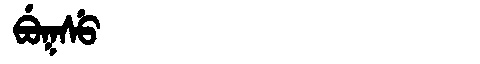
Manchu: ᠪᡠᡴᠰᡠ
Romanization: BUKSU